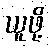
ယူဖို့